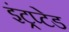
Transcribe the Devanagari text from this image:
इंट्रप्टेड